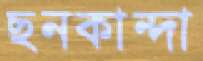
ছনকান্দা